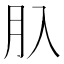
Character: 𦘲